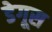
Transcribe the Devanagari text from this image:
डेगूस